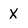
Character: X